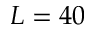
L = 4 0